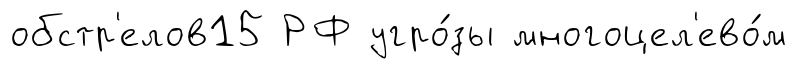
обстр'елов15 РФ угро́зы многоцел'ево́м